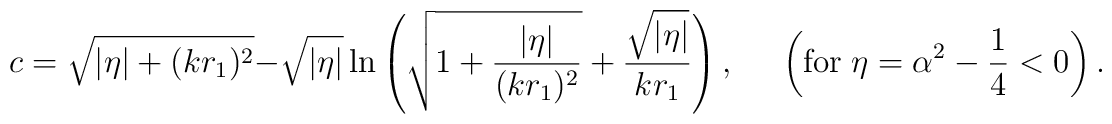
c = \sqrt{ |\eta| + (kr_{1})^{2} } - \sqrt{|\eta|} \ln \left(\sqrt{ 1 + \frac{|\eta|}{(kr_{1})^{2}} } +\frac{\sqrt{|\eta|}}{kr_{1}} \right), \;\;\;\;\; \left( {\rm for}\; \eta = \alpha^{2} - \frac{1}{4} < 0 \right).